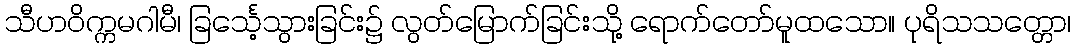
သီဟဝိက္ကမဂါမီ၊ ခြင်္သေ့သွားခြင်း၌ လွတ်မြောက်ခြင်းသို့ ရောက်တော်မူထသော။ ပုရိသသတ္တော၊